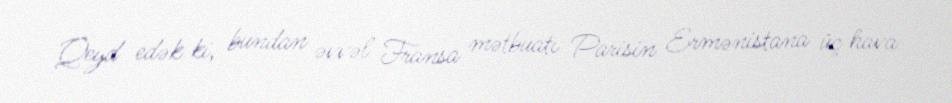
Qeyd edək ki, bundan əvvəl Fransa mətbuatı Parisin Ermənistana üç hava